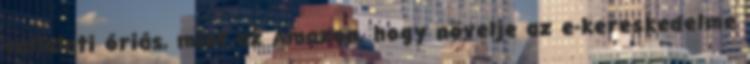
vállalati óriás, mint az Amazon, hogy növelje az e-kereskedelme